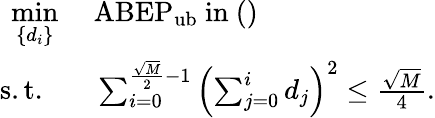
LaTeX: \begin{array}{rl}{\underset{\left\{ d_{i}\right\} }{\operatorname*{min}}}&{\ \mathrm{ABEP}_{\mathrm{ub}}\mathrm{~in~()}}\\ {\mathrm{s.t.}\; \; }&{\ \sum_{i=0}^{\frac{\sqrt{M}}{2}-1}\left(\sum_{j=0}^{i}d_{j}\right)^{2}\leq\frac{\sqrt{M}}{4}.}\end{array}